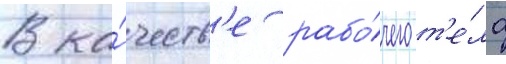
В ка́честв'е рабо́чего т'е́ла